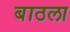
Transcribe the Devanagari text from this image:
बाठला